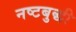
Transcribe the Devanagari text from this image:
नष्टबुद्धी